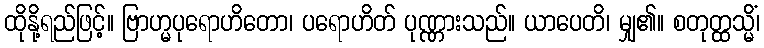
ထိုနို့ရည်ဖြင့်။ ဗြာဟ္မပုရောဟိတော၊ ပရောဟိတ် ပုဏ္ဏားသည်။ ယာပေတိ၊ မျှ၏။ စတုတ္ထသ္မိံ၊